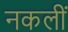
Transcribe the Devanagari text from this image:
नकलीं